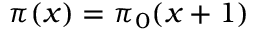
~ \pi ( x ) = \pi _ { 0 } ( x + 1 )